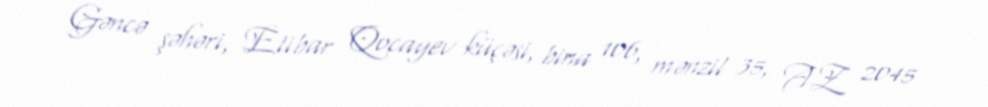
Gəncə şəhəri, Etibar Qocayev küçəsi, bina 106, mənzil 35, AZ 2045